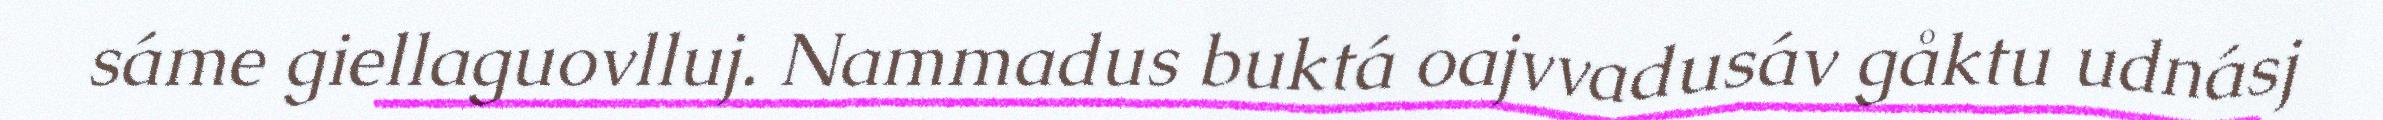
sáme giellaguovlluj. Nammadus buktá oajvvadusáv gåktu udnásj